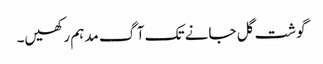
گوشت گل جانے تک آگ مدہم رکھیں۔